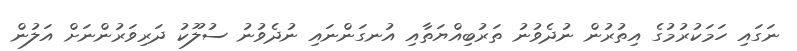
ނަގައި ހަމަކުރުމުގެ އިތުރުން ނުދެވުނު ތަރުބިއްޔަތާއި އުނގަންނައި ނުދެވުނު ސުލޫކު ދަރިވަރުންނަށް އަލުން